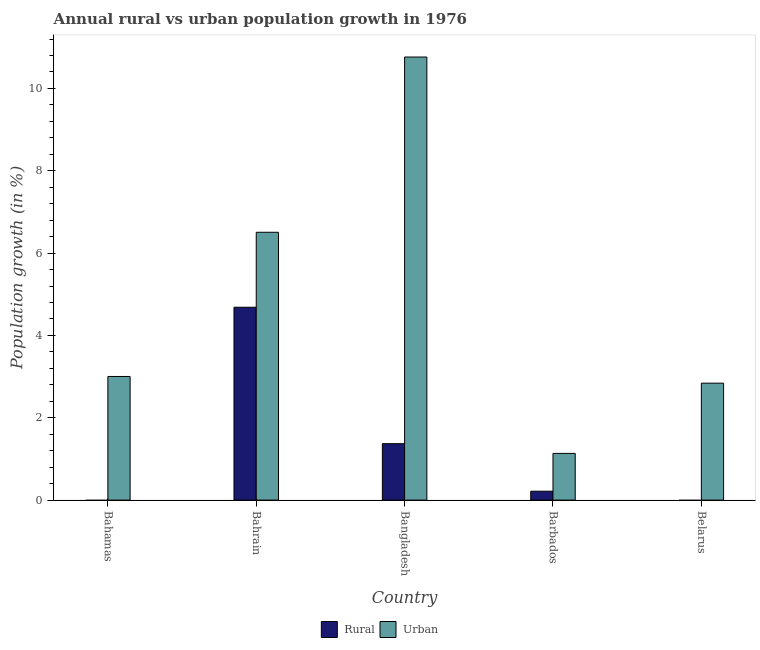
| Country | Rural | Urban  |
 | --- | --- | --- |
 | Bahamas | -0.0159 | 3 |
 | Bahrain | 4.69 | 6.51 |
 | Bangladesh | 1.37 | 10.8 |
 | Barbados | 0.216 | 1.13 |
 | Belarus | -2.02 | 2.84 |